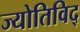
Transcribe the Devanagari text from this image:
ज्योतिविद्